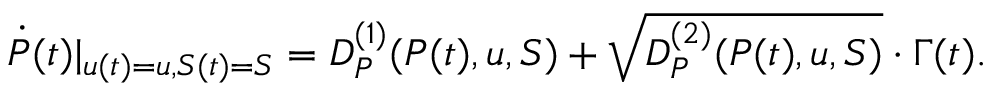
\begin{array} { r } { \dot { P } ( t ) | _ { u ( t ) = u , S ( t ) = S } = D _ { P } ^ { ( 1 ) } ( P ( t ) , u , S ) + \sqrt { D _ { P } ^ { ( 2 ) } ( P ( t ) , u , S ) } \cdot \Gamma ( t ) . } \end{array}